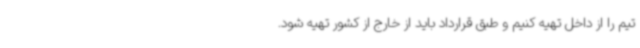
تیم را از داخل تهیه کنیم و طبق قرارداد باید از خارج از کشور تهیه شود.